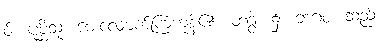
ဝ်။ ပုစ္ဆိံသု၊ မေးလျောက်ကြကုန်၏။ တဒွါ၊ ၌။ ဘဂဝ၊ သည်။